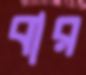
বার